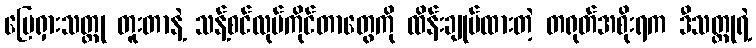
မြေရှားသတ္တု တူးတာနဲ့ သန့်စင်လုပ်ကိုင်တာတွေကို ထိန်းချုပ်ထားတဲ့ တရုတ်အစိုးရက ဒီသတ္တုရဲ့